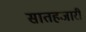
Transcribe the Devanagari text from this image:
सातहजारी